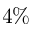
4 \%